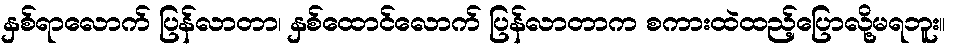
နှစ်ရာလောက် ပြန်လာတာ၊ နှစ်ထောင်လောက် ပြန်လာတာက စကားထဲထည့်ပြောလို့မရဘူး။